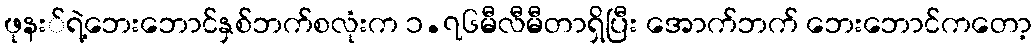
ဖုနး်ရဲ့ဘေးဘောင်နှစ်ဘက်စလုံးက ၁.၇၆မီလီမီတာရှိပြီး အောက်ဘက် ဘေးဘောင်ကတော့